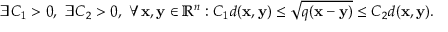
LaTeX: \exists C _ { 1 } > 0 , \ \exists C _ { 2 } > 0 , \ \forall \mathbf { x } , \mathbf { y } \in \mathbb { R } ^ { n } : C _ { 1 } d ( \mathbf { x } , \mathbf { y } ) \leq { \sqrt { q ( \mathbf { x } - \mathbf { y } ) } } \leq C _ { 2 } d ( \mathbf { x } , \mathbf { y } ) .